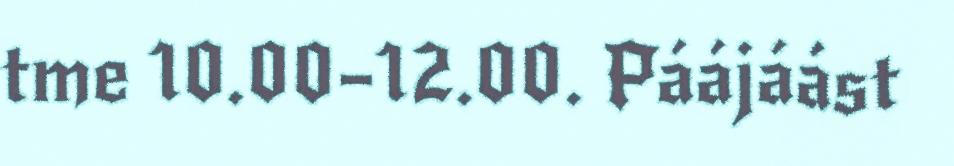
tme 10.00–12.00. Páájáást